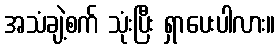
အသံချဲ့စက် သုံးပြီး ရှာပေးပါလား။